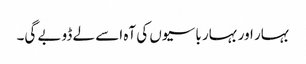
بہار اور بہار باسیوں کی آہ اسے لے ڈوبے گی۔